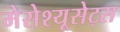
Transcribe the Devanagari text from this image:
मेसेश्यूसेट्स